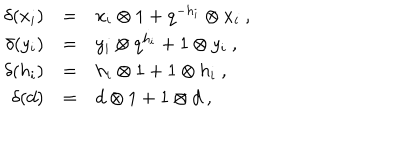
\begin{array} { r c l } { { \delta ( x _ { i } ) } } & { { = } } & { { x _ { i } \otimes 1 + q ^ { - h _ { i } } \otimes x _ { i } \ , } } \\ { { \delta ( y _ { i } ) } } & { { = } } & { { y _ { i } \otimes q ^ { h _ { i } } + 1 \otimes y _ { i } \ , } } \\ { { \delta ( h _ { i } ) } } & { { = } } & { { h _ { i } \otimes 1 + 1 \otimes h _ { i } \ , } } \\ { { \delta ( d ) } } & { { = } } & { { d \otimes 1 + 1 \otimes d \ , } } \\ \end{array}